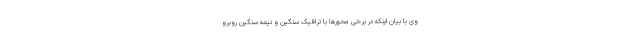
وی با بیان اینکه در برخی محورها با ترافیک سنگین و نیمه سنگین روبرو